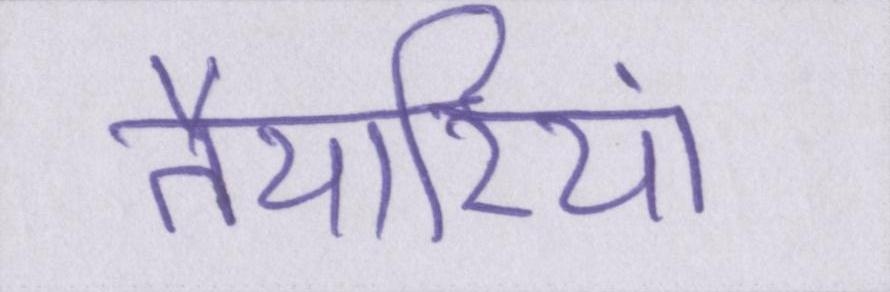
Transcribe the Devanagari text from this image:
तैयारियां